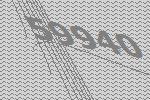
59940